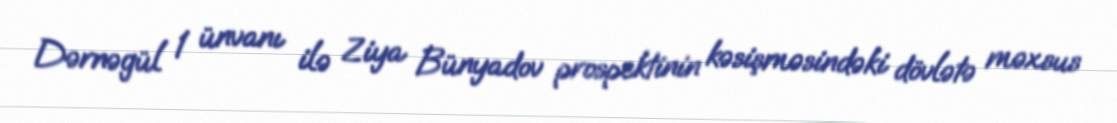
Dərnəgül 1 ünvanı ilə Ziya Bünyadov prospektinin kəsişməsindəki dövlətə məxsus